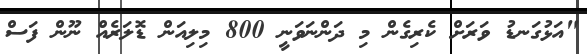
"އަޅުގަނޑު ވަރަށް ކެރިގެން މި ދަންނަވަނީ 800 މިލިއަން ޑޮލަރެއް ނޫން ފަސް